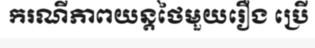
ករណីភាពយន្តថៃមួយរឿង ប្រើ